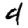
Digit: 4